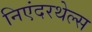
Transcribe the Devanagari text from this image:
निएंदरथेल्स